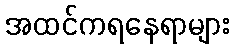
အထင်ကရနေရာများ